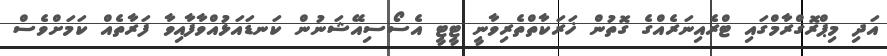
އަދި މިޕްރޮގްރާމްގައި ޓްރެއިނަރެއްގެ ގޮތުން ޚަރަކާތްތެރިވާނީ ޓީޓީ އެސޯސިއޭޝަނުން ކަނޑައަޅުއްވާފާއިވާ ފަރާތެއް ކަމަށްވެސް